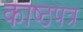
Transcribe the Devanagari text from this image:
काष्ठपत्र